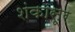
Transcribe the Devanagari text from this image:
शंकासूर